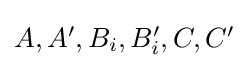
{\textstyle A,A',B_{i},B_{i}',C,C'}